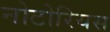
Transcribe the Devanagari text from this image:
नोटोरियस